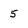
Character: 5